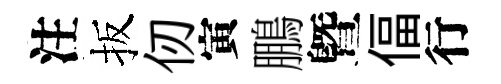
注扳仞寅鵬曁偪行